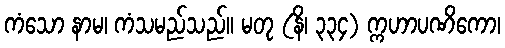
ကံသော နာမ၊ ကံသမည်သည်။ မတု (နိ၊ ၃၃၄) က္ကဟာပဏိကော၊